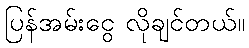
ပြန်အမ်းငွေ လိုချင်တယ်။